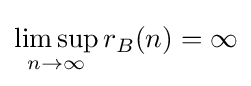
\limsup _{n\rightarrow \infty }r_{B}(n)=\infty